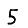
Digit: 5